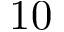
1 0